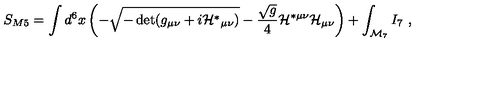
S _ { M 5 } = \int d ^ { 6 } x \left( - \sqrt { - \det ( g _ { \mu \nu } + i { \cal H } ^ { * } { } _ { \mu \nu } ) } - \frac { \sqrt { g } } 4 { \cal H } ^ { * \mu \nu } { \cal H } _ { \mu \nu } \right) + \int _ { { \cal M } _ { 7 } } I _ { 7 } \ ,